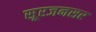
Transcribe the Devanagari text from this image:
सूरजनसर